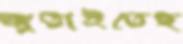
জুতাইতেছ